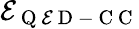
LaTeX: \mathcal{E}_{\mathrm{{~Q~\mathcal{E}~D~-~C~C~}}}